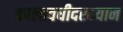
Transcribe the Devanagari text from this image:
कालावधीदरम्यान